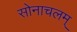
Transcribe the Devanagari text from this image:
सोनाचलम्